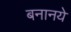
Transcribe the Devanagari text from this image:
बनानये